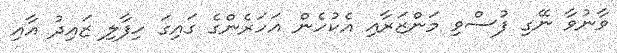
ވާނުވާ ނޭގި ފުސްވި މަންޒަރާއި އެކުހެން އަހަރެންގެ ގައިގަ ހިފާލި ޒައިދު އާއި